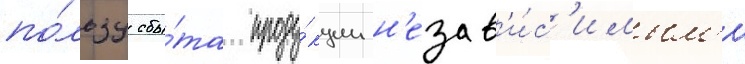
по́льзу сбы́та проду́кции н'езав'и́с'имым'и